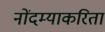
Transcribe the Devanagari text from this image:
नोंदम्याकरिता